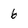
Character: 6